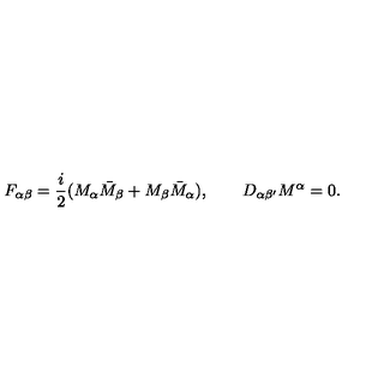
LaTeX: F _ { \alpha \beta } = { \frac { i } { 2 } } ( M _ { \alpha } \bar { M } _ { \beta } + M _ { \beta } \bar { M } _ { \alpha } ) , \quad \quad D _ { \alpha \beta ^ { \prime } } M ^ { \alpha } = 0 .